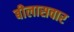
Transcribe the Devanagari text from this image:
बीलासवार